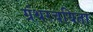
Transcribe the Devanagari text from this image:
ग्रंथरचयिता